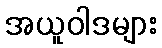
အယူဝါဒများ